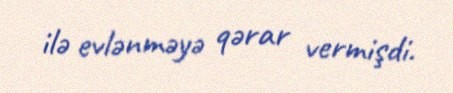
ilə evlənməyə qərar vermişdi.